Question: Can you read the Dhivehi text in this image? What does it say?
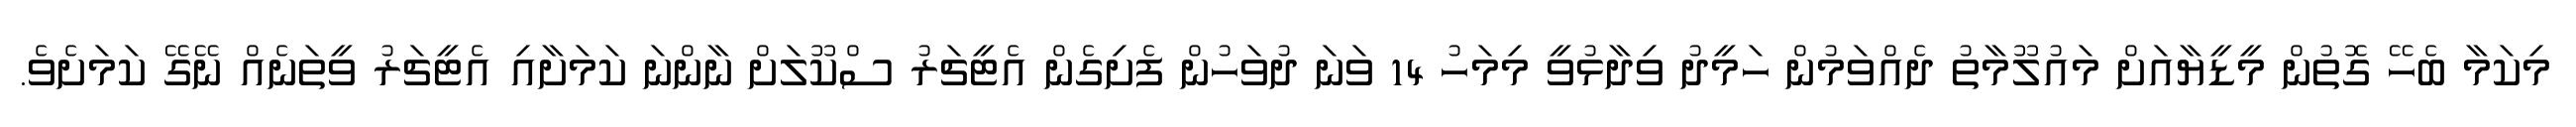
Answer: މިކަމާ ބެހޭ ގޮތުން މީޑީޔާއަށް މައުލޫމާތު ދެއްވަމުން ހަމީދު ވިދާޅުވީ މިމަހު 14 ވަނަ ދުވަހުން ފެށިގެން އެޓީޗަރު ސްކޫލަށް ނާންނަ ކަމަށާއި އެޓީޗަރު ވީތަނެއް ނޭގޭ ކަމަށެވެ.